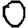
Digit: 0